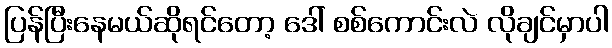
ပြန်ပြီးနေမယ်ဆိုရင်တော့ ဒေါ် စစ်ကောင်းလဲ လိုချင်မှာပါ